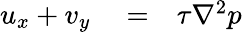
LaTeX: \begin{array}{rlr}{u_{x}+v_{y}}&{{}=}&{\tau\nabla^{2}p}\end{array}